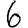
Digit: 6